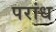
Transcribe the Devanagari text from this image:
परांध